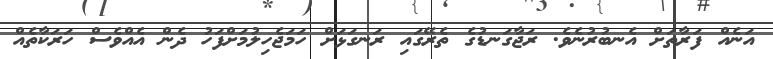
އަނެއް ފަރާތަށް އެނބުރުނެވެ. ރަޖާގަނޑުގެ ތެރޭގައި ރަނގަޅަށް ހަމަޖެހިލުމަށްފަހު ދެން އެއްވެސް ހަރަކާތެއް